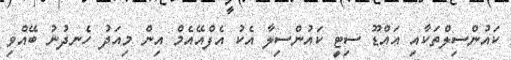
ކައުންސިލްތަކާއި އައްޑޫ ސިޓީ ކައުންސިލާ އެކު އެފްއޭއެމް އިން މިއަދު ހެނދުނު ބޭއްވި